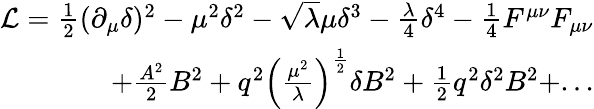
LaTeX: \begin{array}{r}{\mathcal{L}=\frac{1}{2}(\partial_{\mu}\delta)^{2}-\mu^{2}\delta^{2}-\sqrt{\lambda}\mu\delta^{3}-\frac{\lambda}{4}\delta^{4}-\frac{1}{4}F^{\mu\nu}F_{\mu\nu}}\\ {+\frac{A^{2}}{2}B^{2}+q^{2}\left(\frac{\mu^{2}}{\lambda}\right)^{\frac{1}{2}}\delta B^{2}+\frac{1}{2}q^{2}\delta^{2}B^{2}+...}\end{array}